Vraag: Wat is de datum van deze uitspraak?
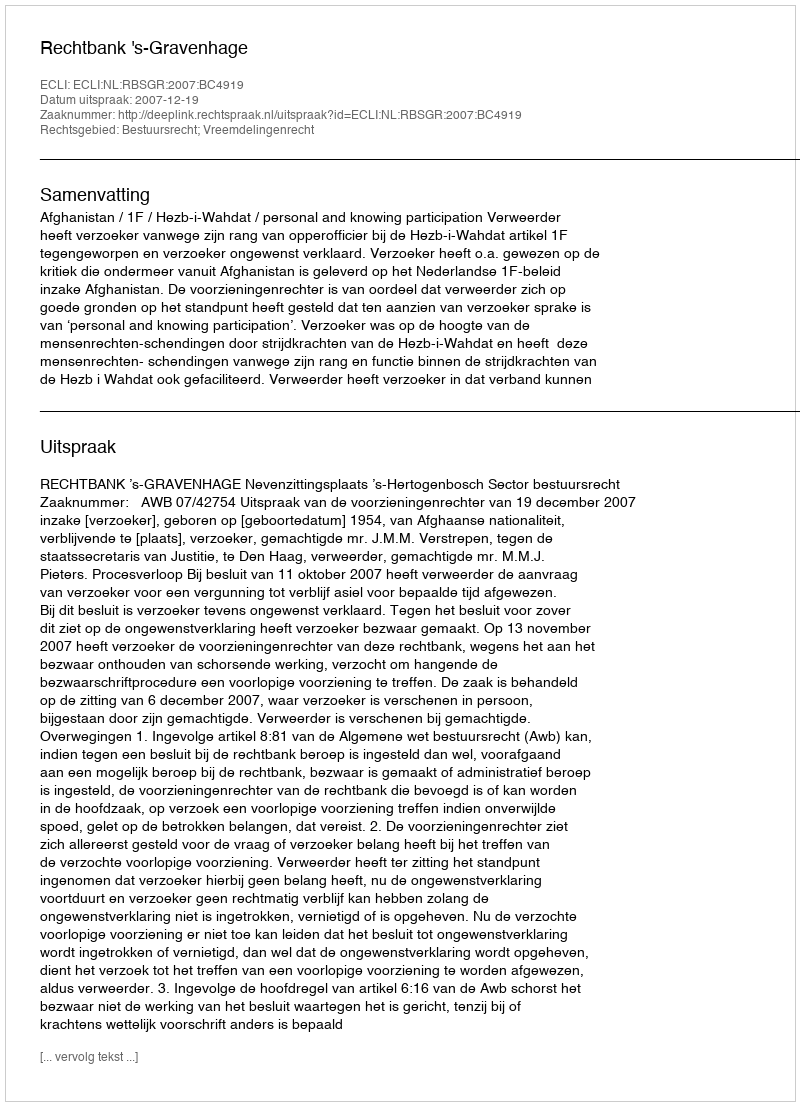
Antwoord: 2007-12-19